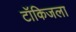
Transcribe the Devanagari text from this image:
टॉकिजला